Leaving Certificate Examination (including Day School Certificate (Higher) General paper), 1935
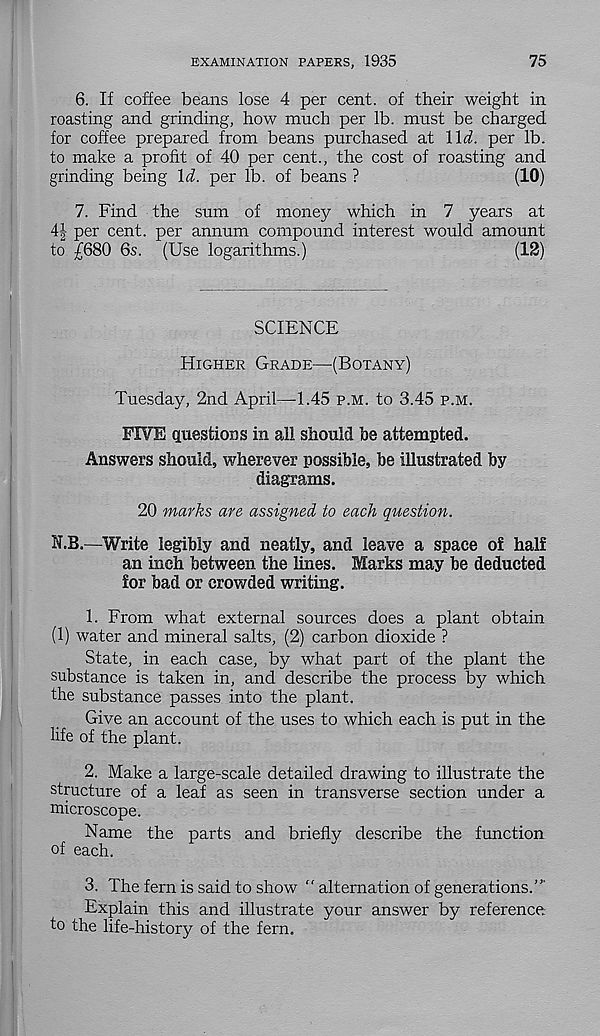
EXAMINATION PAPERS, 1935
75
6. If coffee beans lose 4 per cent, of their weight in
roasting and grinding, how much per lb. must be charged
for coffee prepared from beans purchased at lid. per lb.
to make a profit of 40 per cent., the cost of roasting and
grinding being Id. per lb. of beans ?
(10)
7. Find the sum of money which in 7 years at
4| per cent, per annum compound interest would amount
to £680 6s. (Use logarithms.)
(12)
SCIENCE
Higher Grade—(Botany)
Tuesday, 2nd April—-1.45 p.m. to 3.45 p.m.
FIVE questions in all should be attempted.
Answers should, wherever possible, be illustrated by
diagrams.
20 marks are assigned to each question.
N.B.—Write legibly and neatly, and leave a space of half
an inch between the lines. Marks may be deducted
for bad or crowded writing.
1. From what external sources does a plant obtain
(1) water and mineral salts, (2) carbon dioxide ?
State, in each case, by what part of the plant the
substance is taken in, and describe the process by which
the substance passes into the plant.
Give an account of the uses to which each is put in the
life of the plant.
2. Make a large-scale detailed drawing to illustrate the
structure of a leaf as seen in transverse section under a
microscope.
Name the parts and briefly describe the function
of each.
3. The fern is said to show " alternation of generations.”’
Explain this and illustrate your answer by reference
to the life-history of the fern.